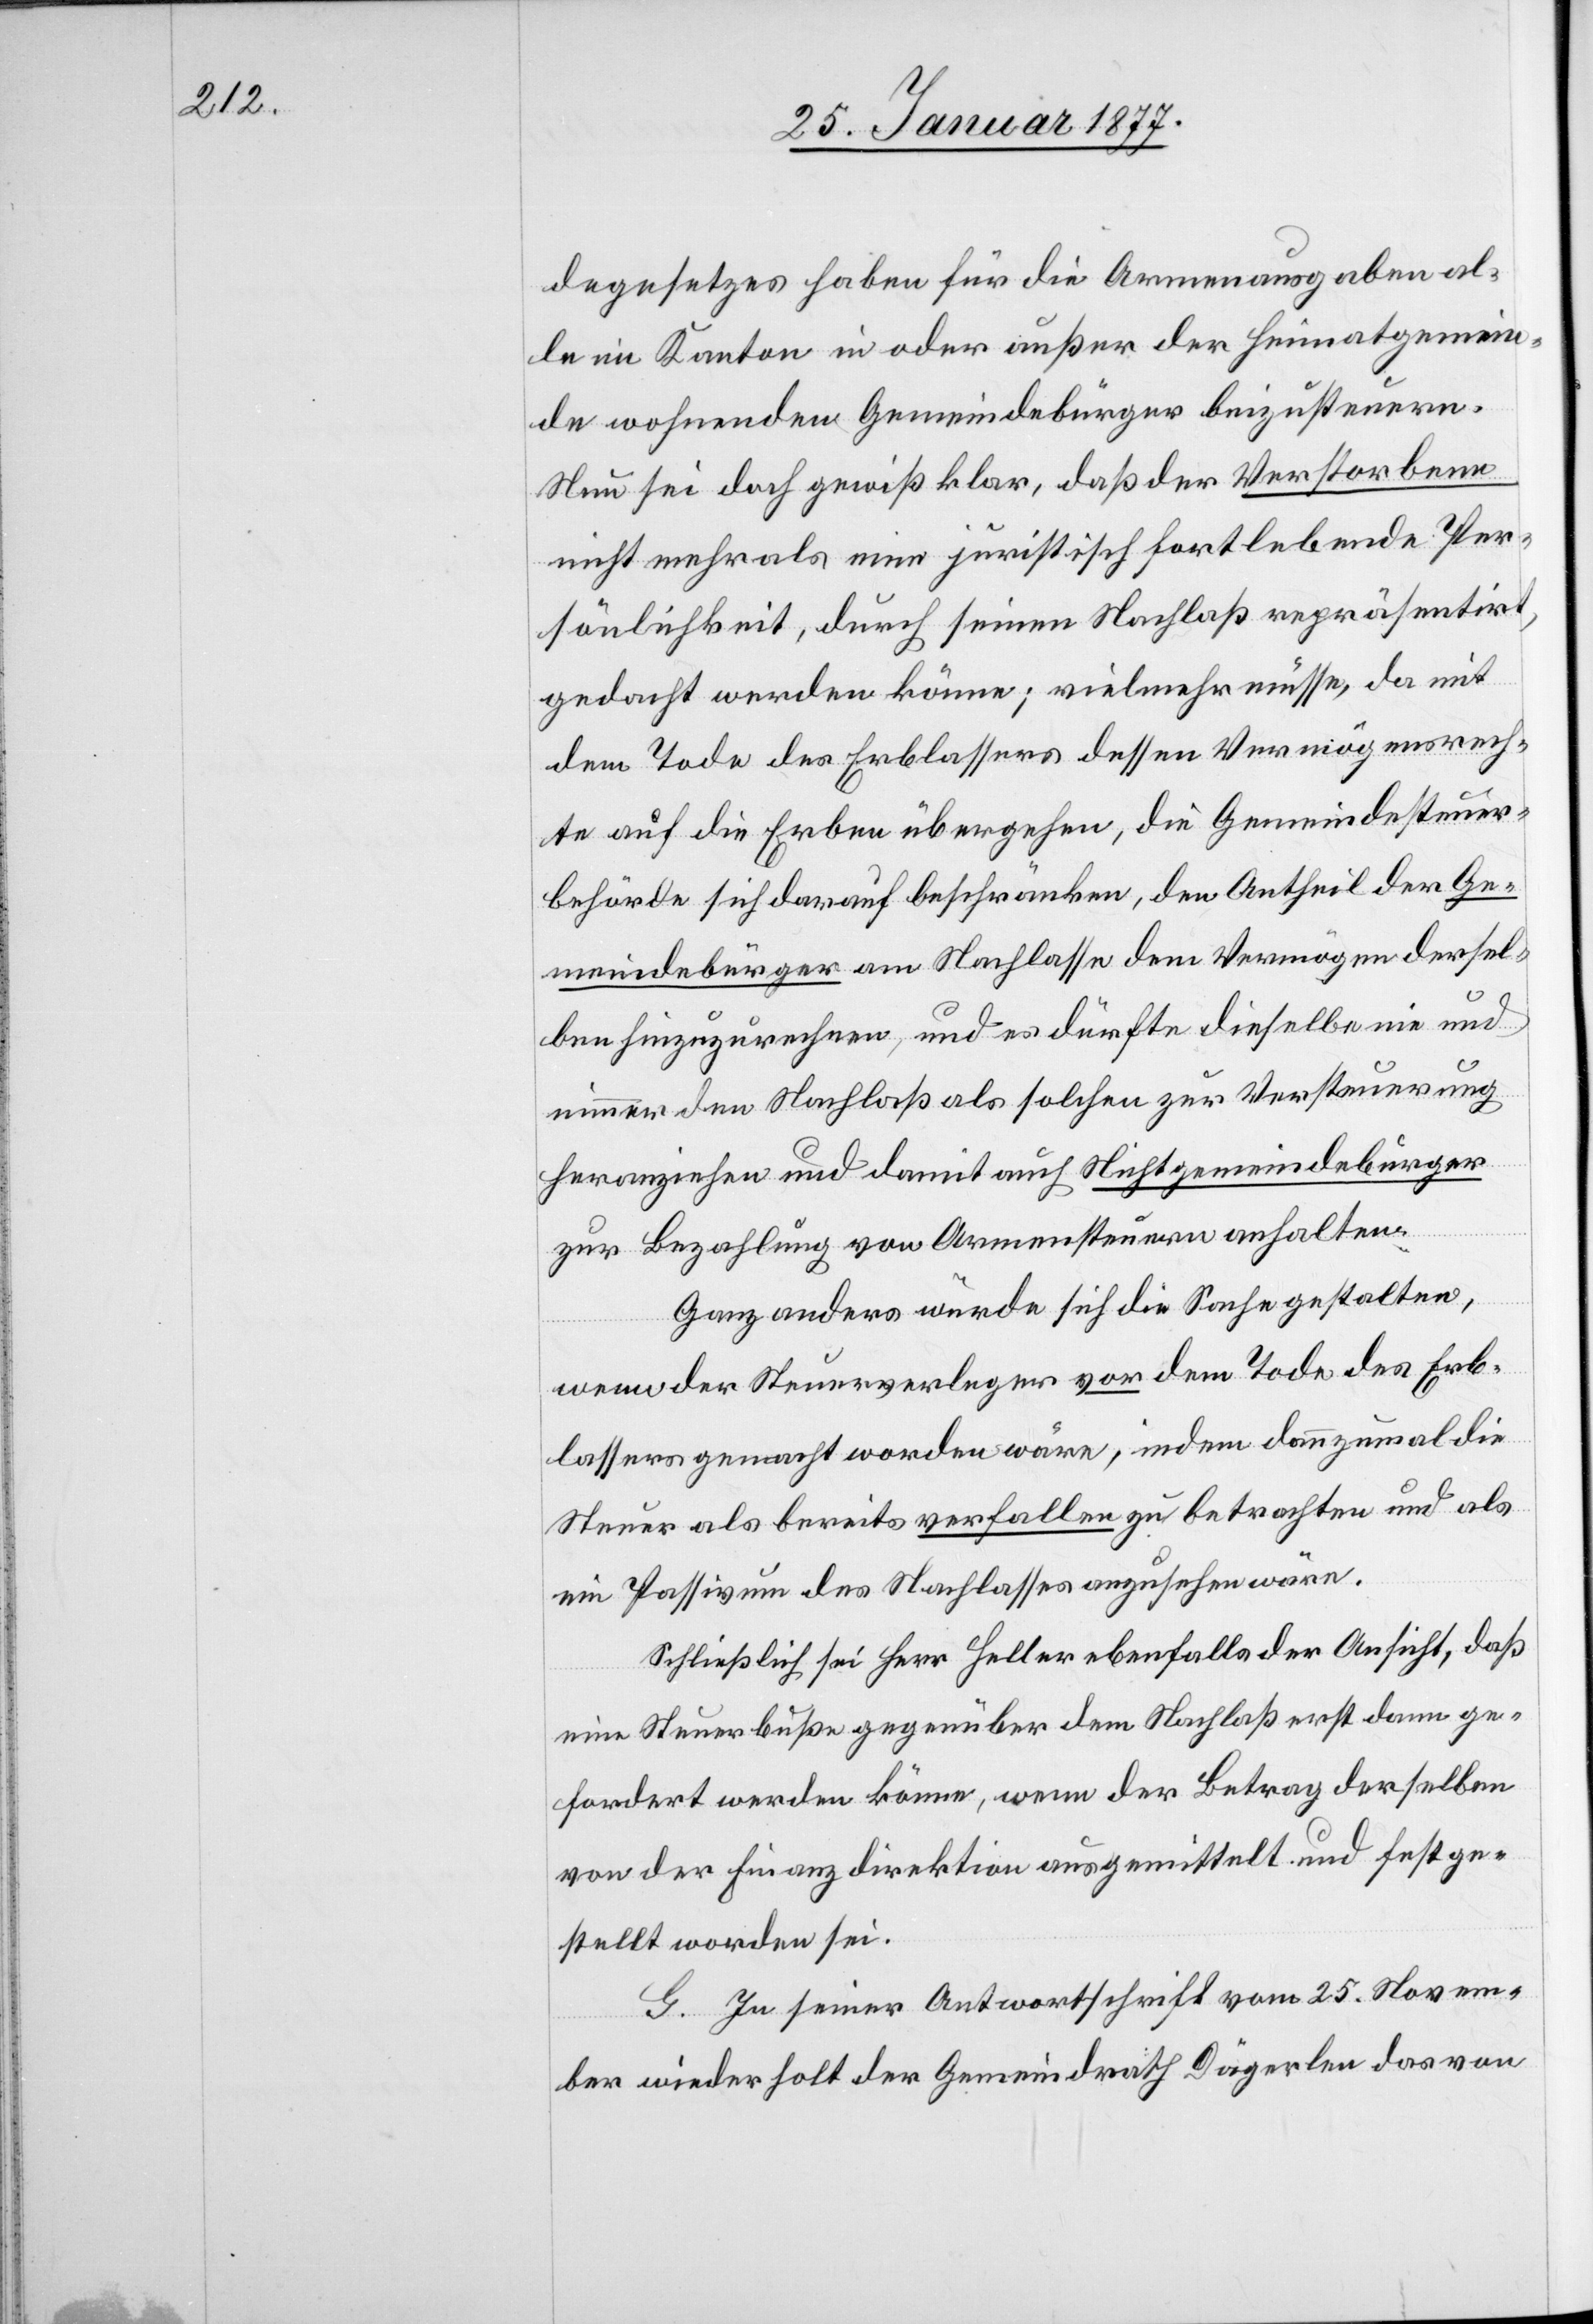
degesetzes haben für die Armenausgaben al¬
le im Kanton in oder außer der Heimatgemein¬
de wohnenden Gemeindebürger beizusteuern.
Nun sei doch gewiß klar, daß der Verstorbene
nicht mehr als eine juristisch fortlebende Per¬
sönlichkeit, durch seinen Nachlaß repräsentirt,
gedacht werden könne; vielmehr müsse, da mit
dem Tode des Erblassers dessen Vermögensrech¬
te auf die Erben übergehen, die Gemeindesteuer¬
behörde sich darauf beschränken, den Antheil der Ge¬
meindebürger am Nachlasse dem Vermögen dersel¬
ben hinzuzurechnen, und es dürfte dieselbe nie und
nimmer den Nachlaß als solchen zur Versteuerung
heranziehen und damit auch Nichtgemeindebürger
zur Bezahlung von Armensteuern anhalten.
Ganz anders würde sich die Sache gestalten,
wenn der Steuerverleger vor dem Tode des Erb¬
lassers gemacht worden wäre, indem dannzumal die
Steuer als bereits verfallen zu betrachten und als
Passivum des Nachlasses anzusehen wäre.
Schließlich sei Herr Heller ebenfalls der Ansicht, daß
eine Steuerbuße gegenüber dem Nachlaß erst dann ge¬
fordert werden könne, wenn der Betrag derselben
von der Finanzdirektion ausgemittelt und festge¬
stellt worden sei.
G. In seiner Antwortschrift vom 25. Novem¬
ber wiederholt der Gemeindrath Dägerlen das von